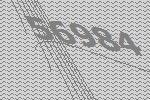
56984